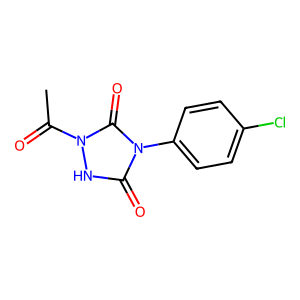
SMILES: CC(=O)n1[nH]c(=O)n(-c2ccc(Cl)cc2)c1=O
Inhibits HIV replication: No